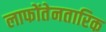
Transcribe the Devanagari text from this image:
लाफोंतेनतारिक